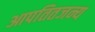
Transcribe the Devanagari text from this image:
आपतितजन्य